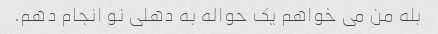
بله من می خواهم یک حواله به دهلی نو انجام دهم.